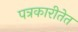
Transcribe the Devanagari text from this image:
पत्रकारीतेत